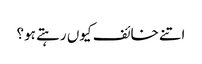
اتنے خائف کیوں رہتے ہو؟